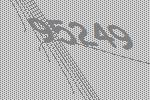
95249